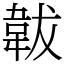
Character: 韍